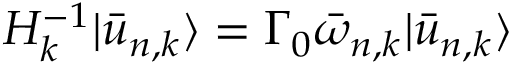
H _ { k } ^ { - 1 } | \bar { u } _ { n , k } \rangle = \Gamma _ { 0 } \bar { \omega } _ { n , k } | \bar { u } _ { n , k } \rangle